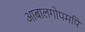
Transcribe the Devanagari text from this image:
आबालगोपमपि